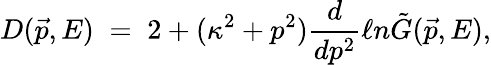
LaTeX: D(\vec{p},E)\; =\; 2+{(\kappa^{2}+p^{2})}\frac{d}{dp^{2}}\ell n\tilde{G}(\vec{p},E),